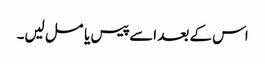
اس کے بعد اسے پیس یا مسل لیں۔